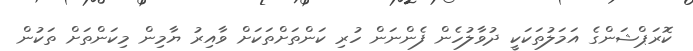
ކޮރަޕްޝަންގެ އަމަލުތަކަކީ ދުވާލުހެން ފެންނަން ހުރި ކަންތަށްތަކަށް ވާއިރު ޔާމިން މިކަންތަށް ތަކުން